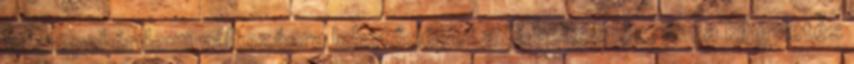
szerepel érdemi változásra lehetőséget adó bekezdés, ám a kihirdetés